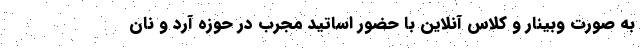
به صورت وبینار و کلاس آنلاین با حضور اساتید مجرب در حوزه آرد و نان